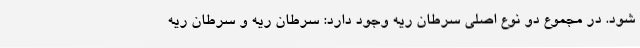
شود. در مجموع دو نوع اصلی سرطان ریه وجود دارد: سرطان ریه و سرطان ریه